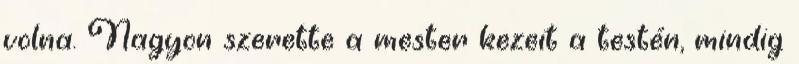
volna. Nagyon szerette a mester kezeit a testén, mindig